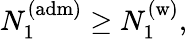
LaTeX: N_{1}^{(\mathrm{adm)}}\geq N_{1}^{\mathrm{(w)}},